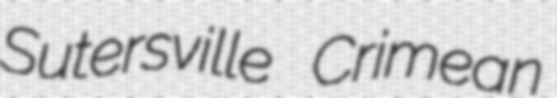
Sutersville Crimean